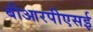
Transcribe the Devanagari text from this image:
बीआरपीएसई